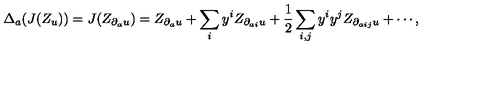
\Delta _ { a } ( J ( Z _ { u } ) ) = J ( Z _ { \partial _ { a } u } ) = Z _ { \partial _ { a } u } + \sum _ { i } y ^ { i } Z _ { \partial _ { a i } u } + { \frac { 1 } { 2 } } \sum _ { i , j } y ^ { i } y ^ { j } Z _ { \partial _ { a i j } u } + \cdots ,